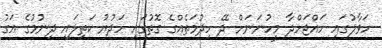
ހަވާލުގައި ހައްޖަށްދާ މީހުނަނަށް ދޭ ހިދުމަތެއްގެ ގޮތުގައި ހަދުޔު ކަތިލައި ދިނުމުގެ އަގު